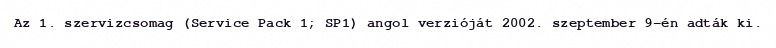
Az 1. szervizcsomag (Service Pack 1; SP1) angol verzióját 2002. szeptember 9-én adták ki.